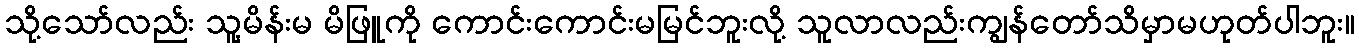
သို့သော်လည်း သူ့မိန်းမ မိဖြူကို ကောင်းကောင်းမမြင်ဘူးလို့ သူလာလည်းကျွန်တော်သိမှာမဟုတ်ပါဘူး။